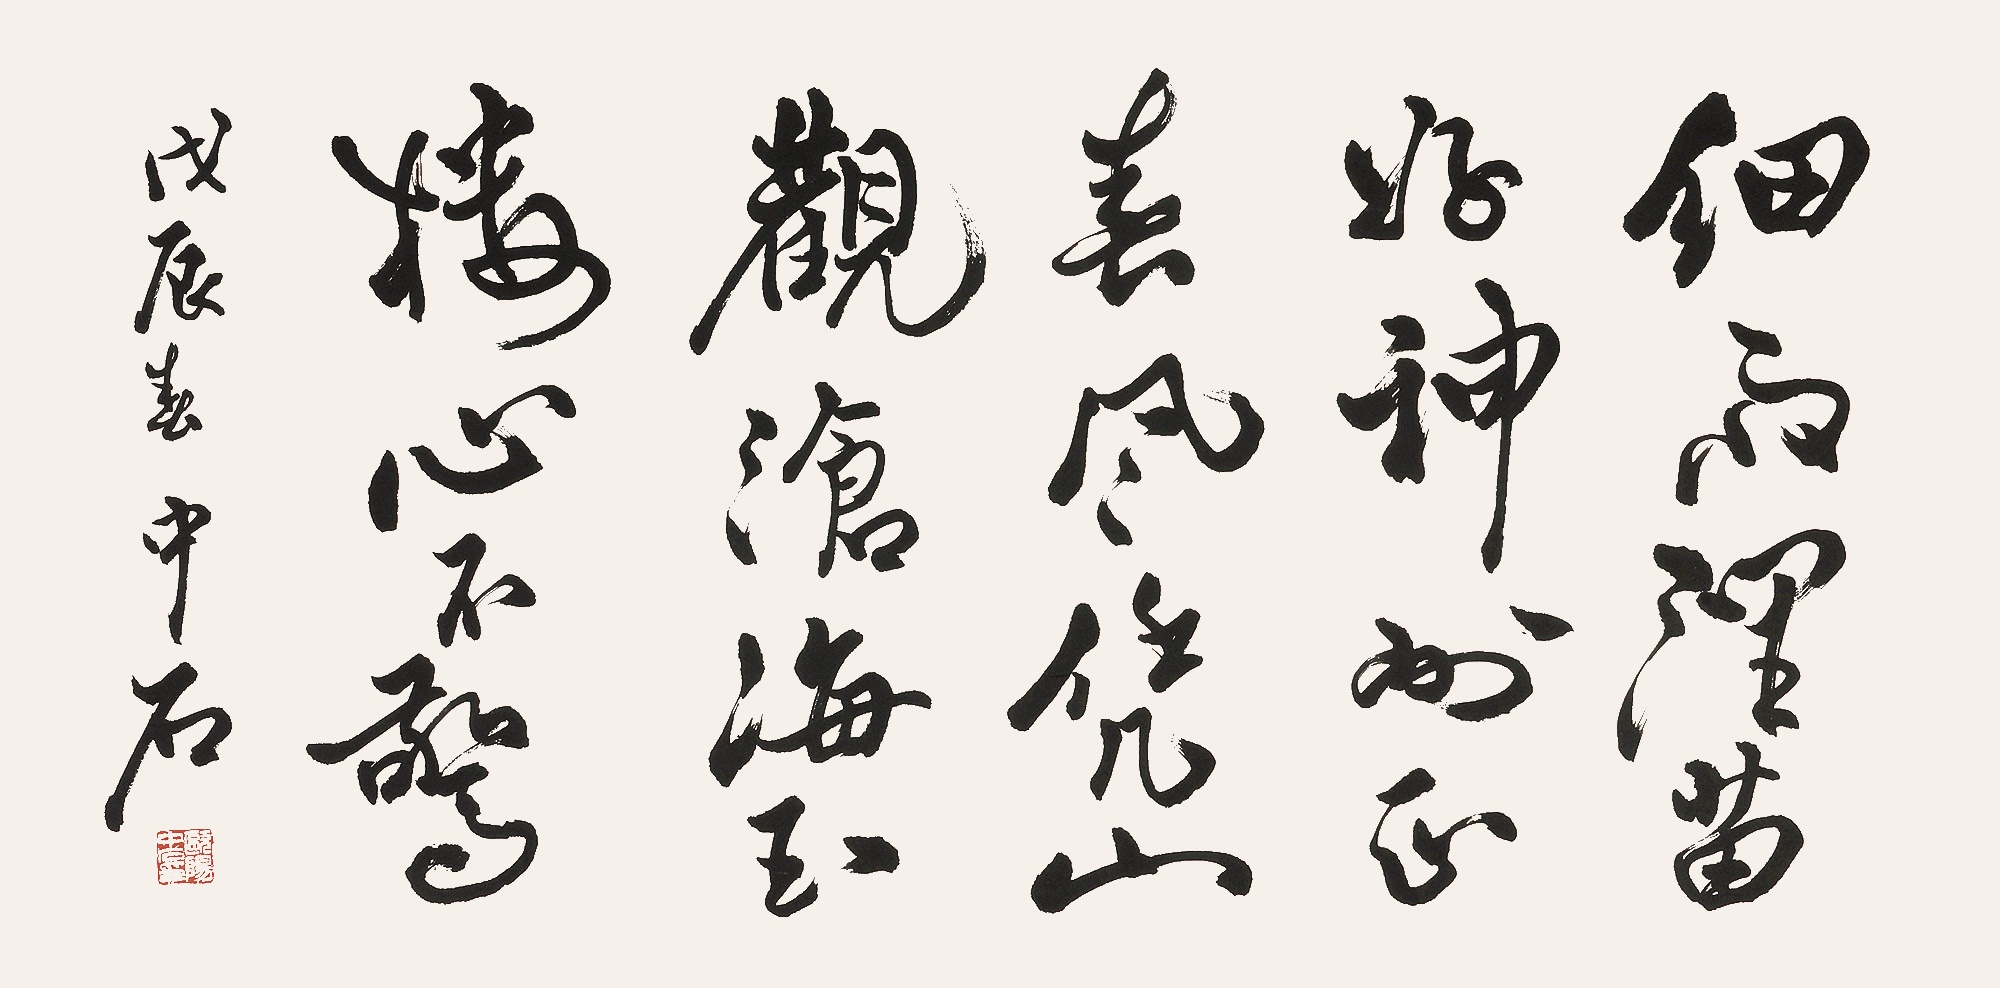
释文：细雨润苗好，神州正春风。凭山观沧海，玉楼心不惊。戊辰春，中石。